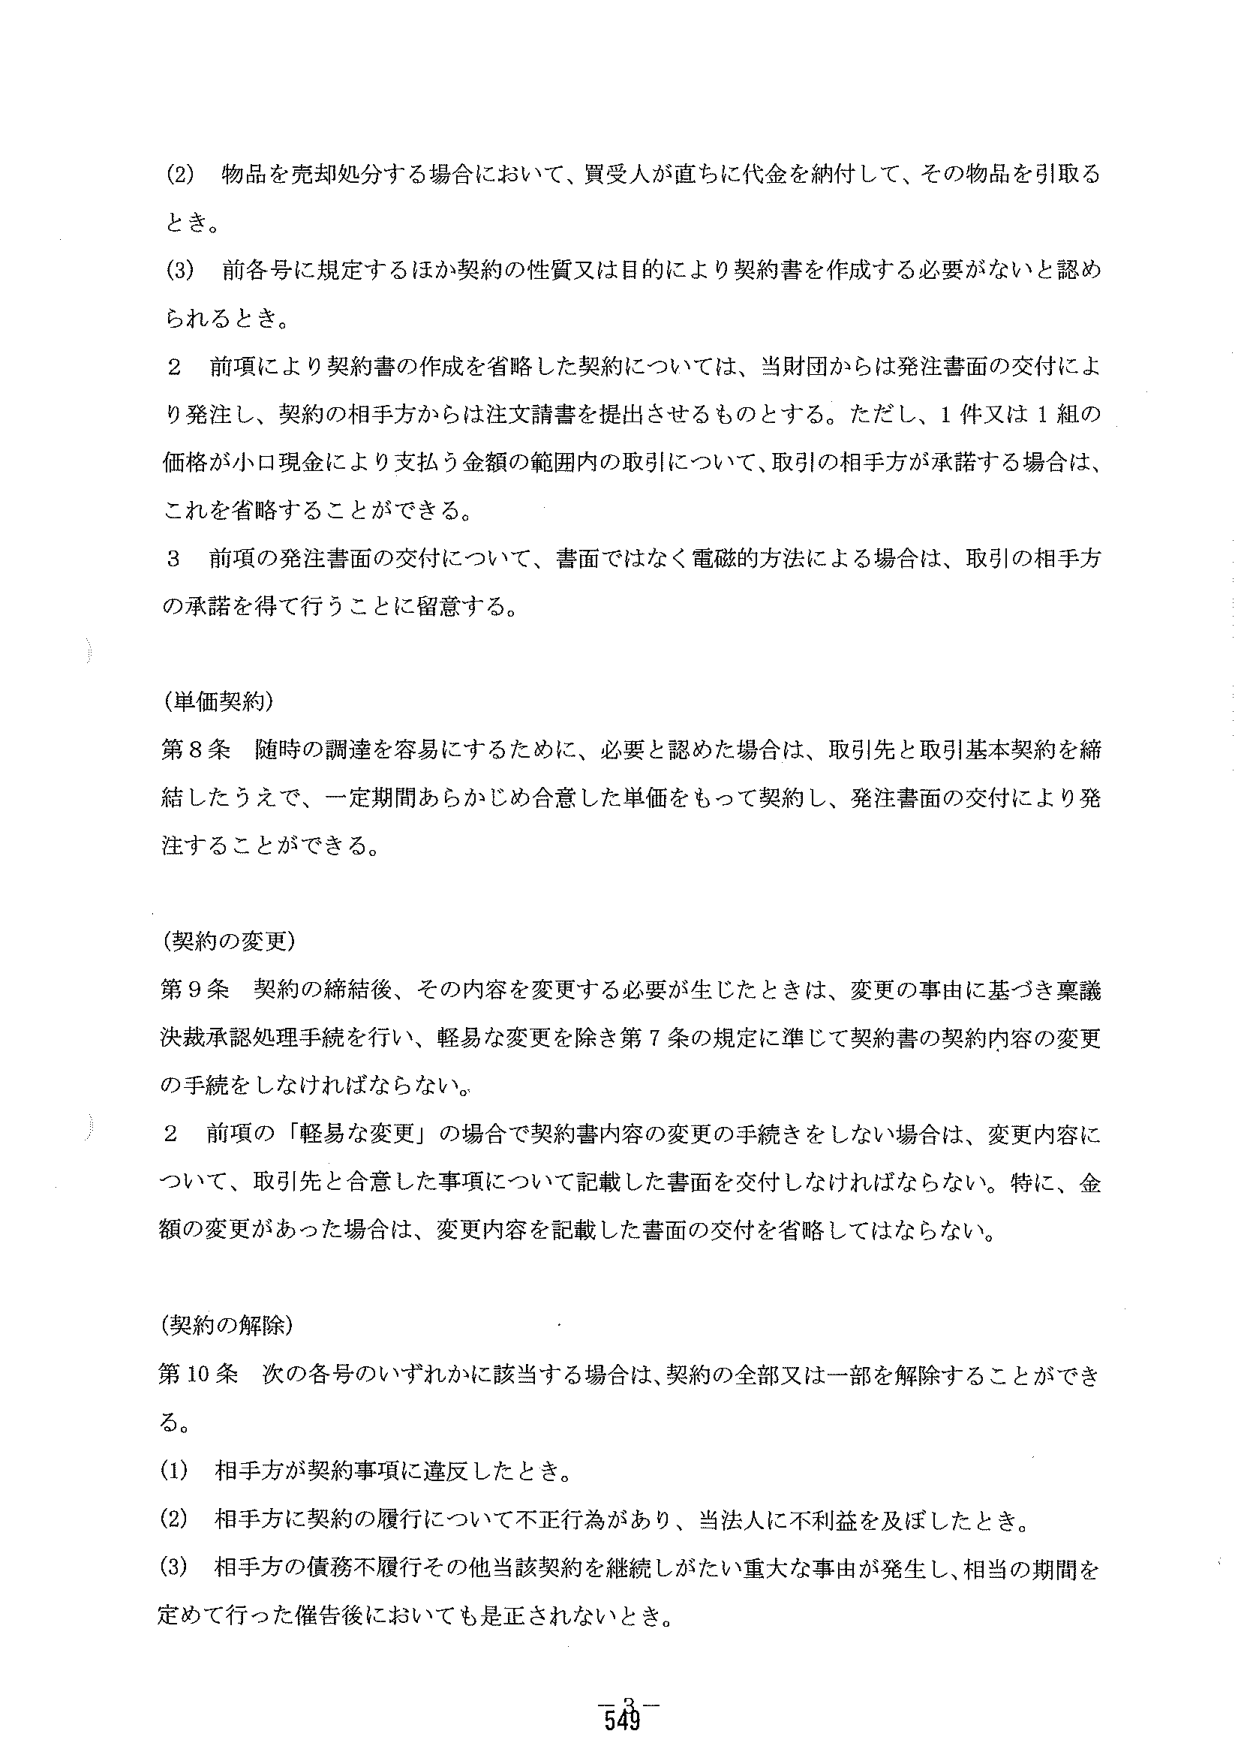
(2) 物品を売却処分する場合において、買受人が直ちに代金を納付して、その物品を引取るとき。

(3) 前各号に規定するほか契約の性質又は目的により契約書を作成する必要がないと認められるとき。

2 前項により契約書の作成を省略した契約については、当財団からは発注書面の交付により発注し、契約の相手方からは注文請書を提出させるものとする。ただし、1件又は1組の価格が小口現金により支払う金額の範囲内の取引について、取引の相手方が承諾する場合は、これを省略することができる。

3 前項の発注書面の交付について、書面ではなく電磁的方法による場合は、取引の相手方の承諾を得て行うことに留意する。

(単価契約)

第8条 随時の調達を容易にするために、必要と認めた場合は、取引先と取引基本契約を締結したうえで、一定期間あらかじめ合意した単価をもって契約し、発注書面の交付により発注することができる。

(契約の変更)

第9条 契約の締結後、その内容を変更する必要が生じたときは、変更の事由に基づき稟議決裁承認処理手続を行い、軽易な変更を除き第7条の規定に準じて契約書の契約内容の変更の手続をしなければならない。

2 前項の「軽易な変更」の場合で契約書内容の変更の手続をしない場合は、変更内容について、取引先と合意した事項について記載した書面を交付しなければならない。特に、金額の変更があった場合は、変更内容を記載した書面の交付を省略してはならない。

(契約の解除)

第10条 次の各号のいずれかに該当する場合は、契約の全部又は一部を解除することができる。

(1) 相手方が契約事項に違反したとき。

(2) 相手方に契約の履行について不正行為があり、当法人に不利益を及ぼしたとき。

(3) 相手方の債務不履行その他当該契約を継続しがたい重大な事由が発生し、相当の期間を定めて行った催告後においても是正されないとき。

－549－